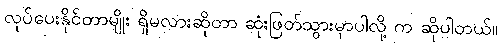
လုပ်ပေးနိုင်တာမျိုး ရှိမလားဆိုတာ ဆုံးဖြတ်သွားမှာပါလို့ က ဆိုပါတယ်။